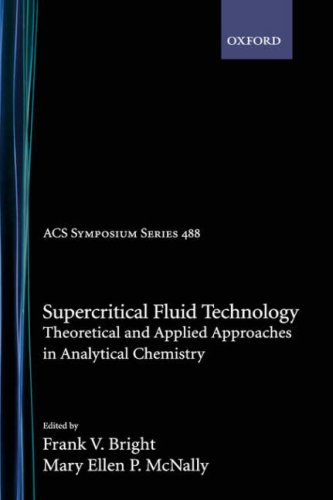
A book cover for Supercritical Fluid Technology: Theoretical and Applied Approaches to Analytical Chemistry (ACS Symposium Series 488); Science & Math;